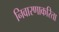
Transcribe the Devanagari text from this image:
निवारणाकरिता